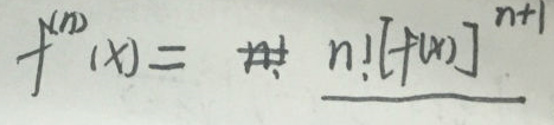
\[ f^{(n)}(x)=\frac{n![f(x)]^{n + 1}}{} \]